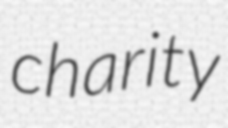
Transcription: charity